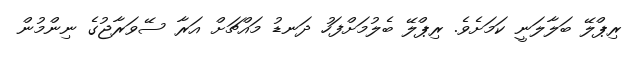
ރިޕްލޭ ބަލާލަނީ ކަމަށެވެ. ރިޕްލޭ ބެލުމަށްފަހު ދަނޑު މައްޗަށް އަރާ ސޭވަރާޖުގެ ނިންމުން